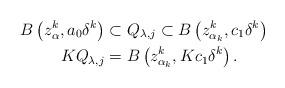
LaTeX: \begin{align*}B\left( z_{\alpha}^{k},a_{0}\delta^{k}\right) & \subset Q_{\lambda,j}\subset B\left( z_{\alpha_{k}}^{k},c_{1}\delta^{k}\right) \\KQ_{\lambda,j} & =B\left( z_{\alpha_{k}}^{k},Kc_{1}\delta^{k}\right) .\end{align*}